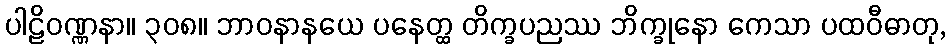
ပါဠိဝဏ္ဏနာ။ ၃၀၈။ ဘာဝနာနယေ ပနေတ္ထ တိက္ခပညဿ ဘိက္ခုနော ကေသာ ပထဝီဓာတု,